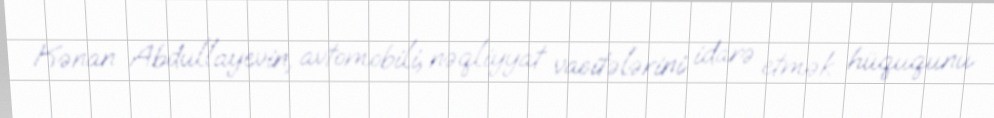
Kənan Abdullayevin, avtomobili, nəqliyyat vasitələrini idarə etmək hüququnu